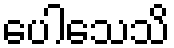
ပေါသေသိ